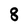
Character: 8